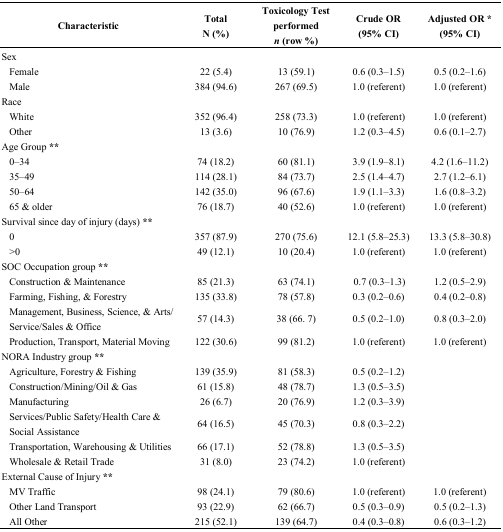
<table><thead><tr><td><b>Characteristic</b></td><td><b>Total N (%)</b></td><td><b>Toxicology Test performed<i>n</i> (row %)</b></td><td><b>Crude OR (95% CI)</b></td><td><b>Adjusted OR * (95% CI)</b></td></tr></thead><tbody><tr><td>Sex</td><td></td><td></td><td></td><td></td></tr><tr><td> Female</td><td>22 (5.4)</td><td>13 (59.1)</td><td>0.6 (0.3–1.5)</td><td>0.5 (0.2–1.6)</td></tr><tr><td> Male</td><td>384 (94.6)</td><td>267 (69.5)</td><td>1.0 (referent)</td><td>1.0 (referent)</td></tr><tr><td>Race</td><td></td><td></td><td></td><td></td></tr><tr><td> White</td><td>352 (96.4)</td><td>258 (73.3)</td><td>1.0 (referent)</td><td>1.0 (referent)</td></tr><tr><td> Other</td><td>13 (3.6)</td><td>10 (76.9)</td><td>1.2 (0.3–4.5)</td><td>0.6 (0.1–2.7)</td></tr><tr><td>Age Group <b>**</b></td><td></td><td></td><td></td><td></td></tr><tr><td> 0–34</td><td>74(18.2)</td><td>60 (81.1)</td><td>3.9 (1.9–8.1)</td><td>4.2 (1.6–11.2)</td></tr><tr><td> 35–49</td><td>114 (28.1)</td><td>84 (73.7)</td><td>2.5 (1.4–4.7)</td><td>2.7 (1.2–6.1)</td></tr><tr><td> 50–64</td><td>142 (35.0)</td><td>96 (67.6)</td><td>1.9 (1.1–3.3)</td><td>1.6 (0.8–3.2)</td></tr><tr><td> 65 &amp; older</td><td>76 (18.7)</td><td>40 (52.6)</td><td>1.0 (referent)</td><td>1.0 (referent)</td></tr><tr><td>Survival since day of injury (days) <b>**</b></td><td></td><td></td><td></td><td></td></tr><tr><td> 0</td><td>357 (87.9)</td><td>270 (75.6)</td><td>12.1 (5.8–25.3)</td><td>13.3 (5.8–30.8)</td></tr><tr><td> &gt;0</td><td>49 (12.1)</td><td>10 (20.4)</td><td>1.0 (referent)</td><td>1.0 (referent)</td></tr><tr><td>SOC Occupation group <b>**</b></td><td></td><td></td><td></td><td></td></tr><tr><td> Construction &amp; Maintenance</td><td>85 (21.3)</td><td>63 (74.1)</td><td>0.7 (0.3–1.3)</td><td>1.2 (0.5–2.9)</td></tr><tr><td> Farming, Fishing, &amp; Forestry</td><td>135 (33.8)</td><td>78 (57.8)</td><td>0.3 (0.2–0.6)</td><td>0.4 (0.2–0.8)</td></tr><tr><td> Management, Business, Science, &amp; Arts/Service/Sales &amp; Office</td><td>57 (14.3)</td><td>38 (66. 7)</td><td>0.5 (0.2–1.0)</td><td>0.8 (0.3–2.0)</td></tr><tr><td> Production, Transport, Material Moving</td><td>122 (30.6)</td><td>99 (81.2)</td><td>1.0 (referent)</td><td>1.0 (referent)</td></tr><tr><td>NORA Industry group <b>**</b></td><td></td><td></td><td></td><td></td></tr><tr><td> Agriculture, Forestry &amp; Fishing</td><td>139 (35.9)</td><td>81 (58.3)</td><td>0.5 (0.2–1.2)</td><td></td></tr><tr><td> Construction/Mining/Oil &amp; Gas</td><td>61 (15.8)</td><td>48 (78.7)</td><td>1.3 (0.5–3.5)</td><td></td></tr><tr><td> Manufacturing</td><td>26 (6.7)</td><td>20 (76.9)</td><td>1.2 (0.3–3.9)</td><td></td></tr><tr><td> Services/Public Safety/Health Care &amp; Social Assistance</td><td>64 (16.5)</td><td>45 (70.3)</td><td>0.8 (0.3–2.2)</td><td></td></tr><tr><td> Transportation, Warehousing &amp; Utilities</td><td>66 (17.1)</td><td>52 (78.8)</td><td>1.3 (0.5–3.5)</td><td></td></tr><tr><td> Wholesale &amp; Retail Trade</td><td>31 (8.0)</td><td>23 (74.2)</td><td>1.0 (referent)</td><td></td></tr><tr><td>External Cause of Injury <b>**</b></td><td></td><td></td><td></td><td></td></tr><tr><td> MV Traffic</td><td>98 (24.1)</td><td>79 (80.6)</td><td>1.0 (referent)</td><td>1.0 (referent)</td></tr><tr><td> Other Land Transport</td><td>93 (22.9)</td><td>62 (66.7)</td><td>0.5 (0.3–0.9)</td><td>0.5 (0.2–1.3)</td></tr><tr><td> All Other</td><td>215 (52.1)</td><td>139 (64.7)</td><td>0.4 (0.3–0.8)</td><td>0.6 (0.3–1.2)</td></tr></tbody></table>